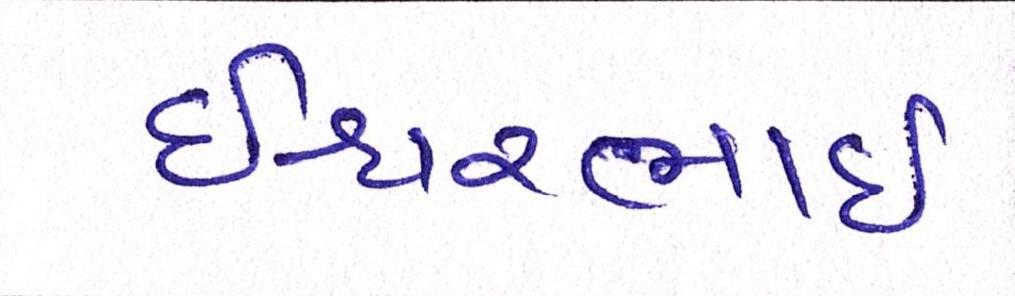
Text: ઇશ્વરભાઇ